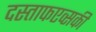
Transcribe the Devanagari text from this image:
दस्ताफएव्सकी